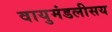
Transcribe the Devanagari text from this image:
वायुमंडलीसय